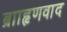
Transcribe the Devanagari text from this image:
ब्रााहृणवाद